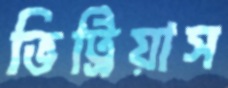
ভিট্রিয়াস